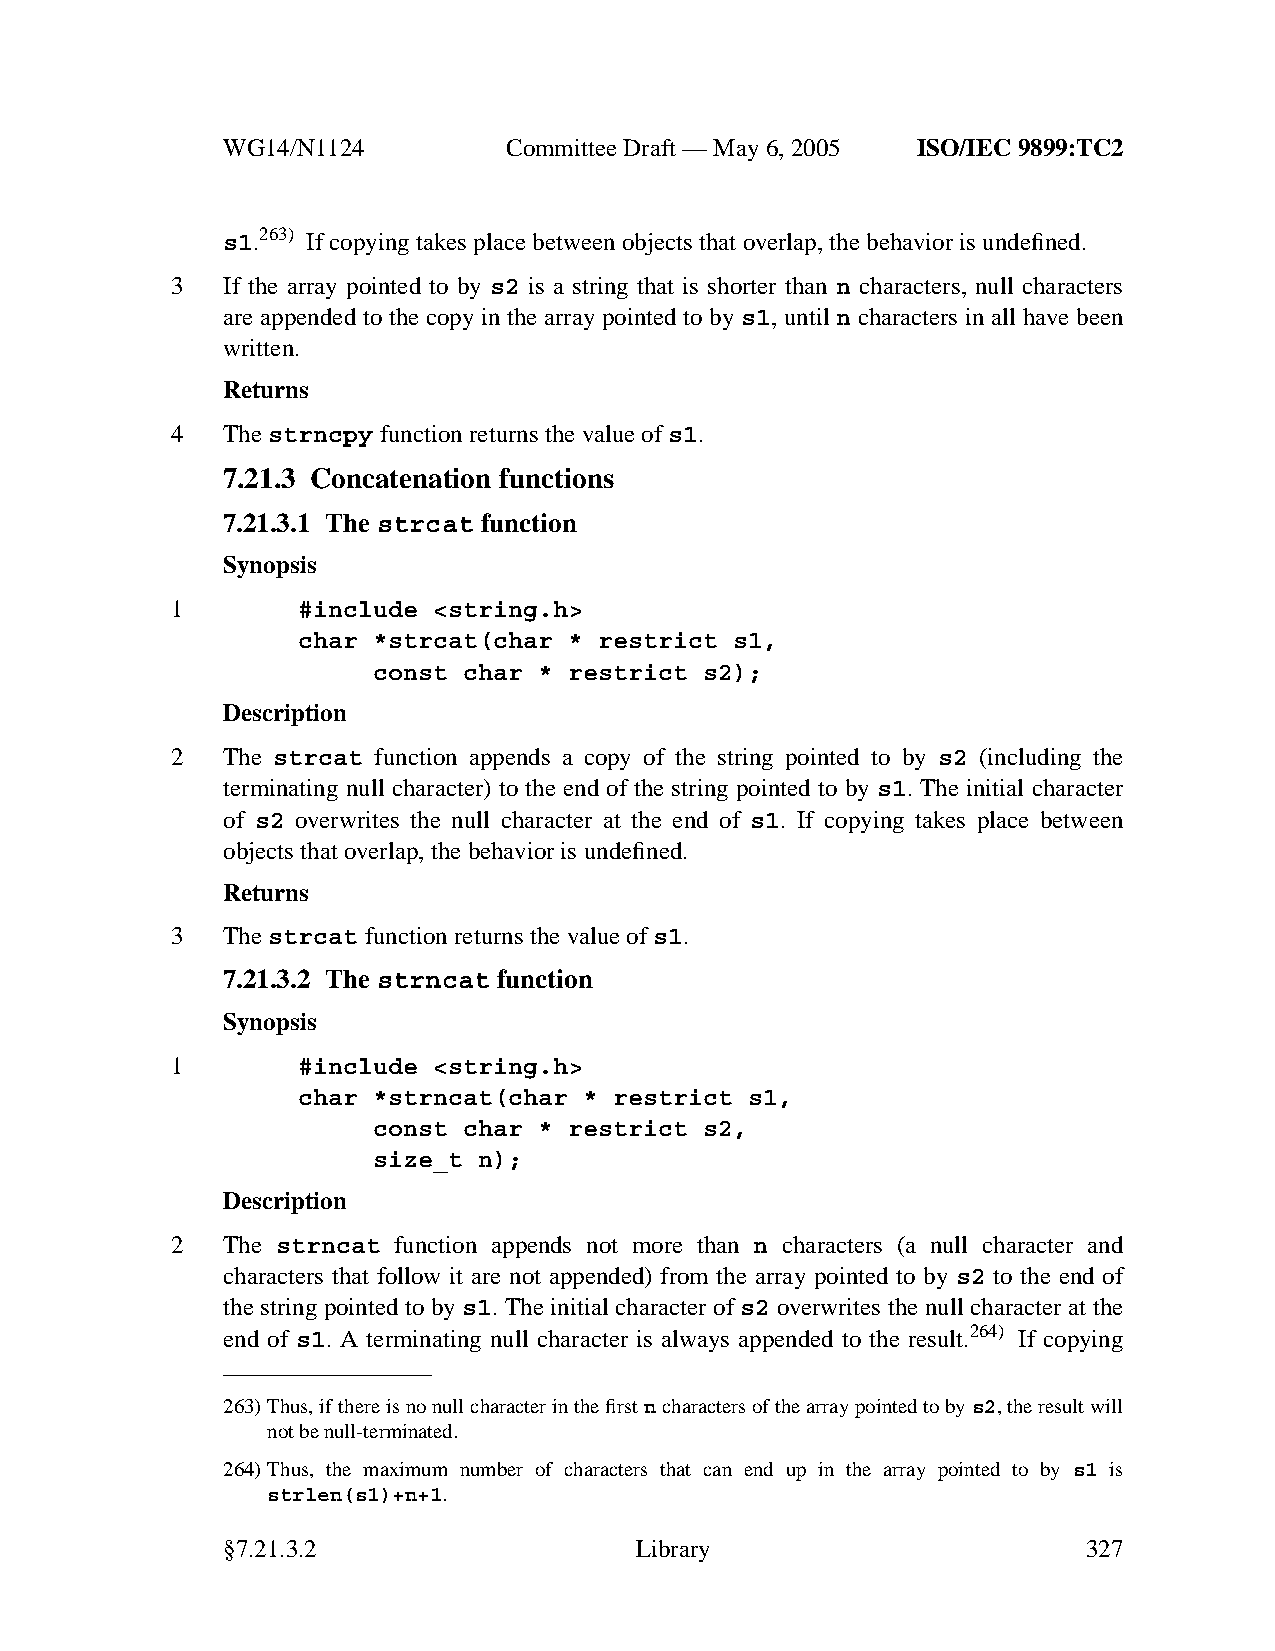
WG14/N1124        CommitteeDraft — May 6, 2005 ISO/IEC 9899:TC2
 s1.263) If copying takes place between objects that overlap, the behavior is undefined.
 3   If the array pointed to by s2 is a string that is shorter than n characters, null characters
 are appended to the copy in the array pointed to by s1, until n characters in all have been
 written.
 Returns
 4   Thestrncpy function returns the value ofs1.
 7.21.3 Concatenation functions
 7.21.3.1 The strcat function
 Synopsis
 1        #include <string.h>
 char *strcat(char * restrict s1,
 const char * restrict s2);
 Description
 2   The strcat function appends a copy of the string pointed to by s2 (including the
 terminating null character) to the end of the string pointed to by s1. The initial character
 of s2 overwrites the null character at the end of s1. If copying takes place between
 objects that overlap, the behavior is undefined.
 Returns
 3   Thestrcat function returns the value ofs1.
 7.21.3.2 The strncat function
 Synopsis
 1        #include <string.h>
 char *strncat(char * restrict s1,
 const char * restrict s2,
 size_t n);
 Description
 2   The strncat function appends not more than n characters (a null character and
 characters that follow it are not appended) from the array pointed to by s2 to the end of
 the string pointed to by s1. The initial character of s2 overwrites the null character at the
 end of s1. A terminating null character is always appended to the result.264) If copying
 263)Thus, if there is no null character in the firstncharacters of the array pointed to bys2,the result will
 not be null-terminated.
 264)Thus, the maximum number of characters that can end up in the array pointed to by s1 is
 strlen(s1)+n+1.
 §7.21.3.2                  Library                       327